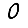
Digit: 0